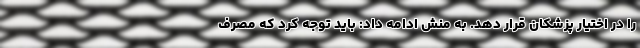
را در اختیار پزشکان قرار دهد. به منش ادامه داد: باید توجه کرد که مصرف